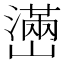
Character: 𤁃